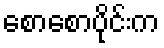
စောစောပိုင်းက